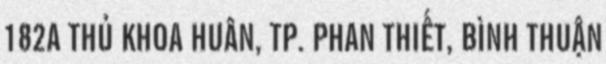
182A THỦ KHOA HUÂN, TP. PHAN THIẾT, BÌNH THUẬN